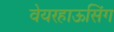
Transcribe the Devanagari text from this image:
वेयरहाऊसिंग